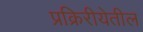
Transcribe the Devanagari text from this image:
प्रक्रिरीयेतील